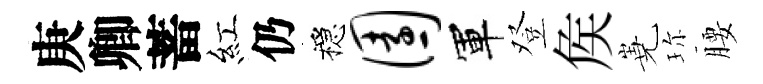
庚卿蓄紅仍穩园軍登矦嶤珎腰